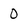
Character: 0